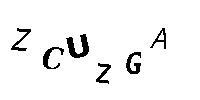
ZCUZGA